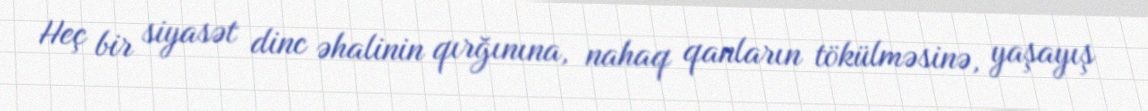
Heç bir siyasət dinc əhalinin qırğınına, nahaq qanların tökülməsinə, yaşayış